Report on sanitation, dispensaries, and jails in Rajputana for 1912, and on vaccination for the year 1912-1913 - 1912-1913
Year: 1912
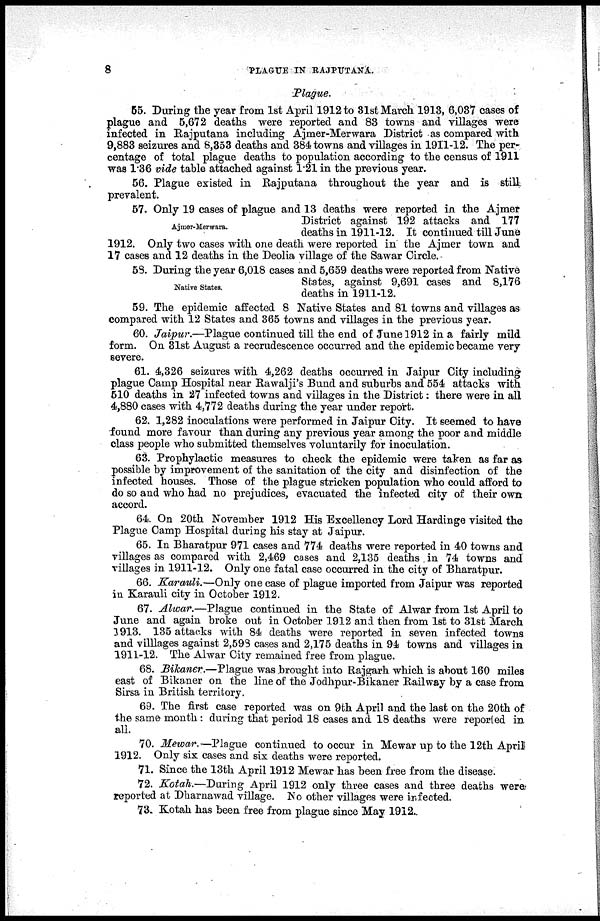
8
PLAGUE IN RAJPUTANA.
Plague.
55. During the year from 1st April 1912 to 31st March 1913, 6,037 cases of
plague and 5,672 deaths were reported and 83 towns and villages were
infected in Rajputana including Ajmer-Merwara District as compared with
9,883 seizures and 8,353 deaths and 384 towns and villages in 1911-12. The per-
centage of total plague deaths to population according to the census of 1911
was 1.36 vide table attached against 1.21 in the previous year.
56. Plague existed in Rajputana throughout the year and is still
prevalent.
Ajmer-Merwara.
57. Only 19 cases of plague and 13 deaths were reported in the Ajmer
District against 192 attacks and 177
deaths in 1911-12. It continued till June
1912. Only two cases with one death were reported in the Ajmer town and
17 cases and 12 deaths in the Deolia village of the Sawar Circle.
Native States.
58. During the year 6,018 cases and 5,659 deaths were reported from Native
States, against 9,691 cases and 8,176
deaths in 1911-12.
59. The epidemic affected 8 Native States and 81 towns and villages as
compared with 12 States and 365 towns and villages in the previous year.
60. Jaipur.—Plague continued till the end of June 1912 in a fairly mild
form. On 31st August a recrudescence occurred and the epidemic became very
severe.
61. 4,326 seizures with 4,262 deaths occurred in Jaipur City including
plague Camp Hospital near Rawalji's Bund and suburbs and 554 attacks with
510 deaths in 27 infected towns and villages in the District: there were in all
4,880 cases with 4,772 deaths during the year under report.
62. 1,282 inoculations were performed in Jaipur City. It seemed to have
found more favour than during any previous year among the poor and middle
class people who submitted themselves voluntarily for inoculation.
63. Prophylactic measures to check the epidemic were taken as far as
possible by improvement of the sanitation of the city and disinfection of the
infected houses. Those of the plague stricken population who could afford to
do so and who had no prejudices, evacuated the infected city of their own
accord.
64. On 20th November 1912 His Excellency Lord Hardinge visited the
Plague Camp Hospital during his stay at Jaipur.
65. In Bharatpur 971 cases and 774 deaths were reported in 40 towns and
villages as compared with 2,469 cases and 2,135 deaths in 74 towns and
villages in 1911-12. Only one fatal case occurred in the city of Bharatpur.
66. Karauli.—Only one case of plague imported from Jaipur was reported
in Karauli city in October 1912.
67. Alwar.—Plague continued in the State of Alwar from 1st April to
June and again broke out in October 1912 and then from 1st to 31st March
1913. 135 attacks with 84 deaths were reported in seven infected towns
and villlages against 2,598 cases and 2,175 deaths in 94 towns and villages in
1911-12. The Alwar City remained free from plague.
68. Bikaner.—Plague was brought into Rajgarh which is about 160 miles
east of Bikaner on the line of the Jodhpur-Bikaner Railway by a case from
Sirsa in British territory.
69. The first case reported was on 9th April and the last on the 20th of
the same month: during that period 18 cases and 18 deaths were reported in
all.
70. Mewar.—Plague continued to occur in Mewar up to the 12th April
1912. Only six cases and six deaths were reported.
71. Since the 13th April 1912 Mewar has been free from the disease.
72. Kotah.—During April 1912 only three cases and three deaths were
reported at Dharnawad village.
No other villages were infected.
73. Kotah has been free from plague since May 1912.